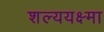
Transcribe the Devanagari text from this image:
शल्ययक्ष्मा